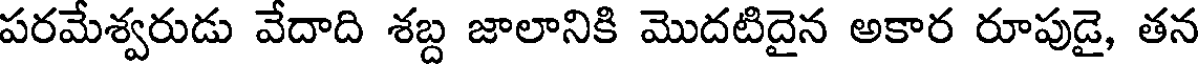
పరమేశ్వరుడు వేదాది శబ్ద జాలానికి మొదటిదైన అకార రూపుడై, తన